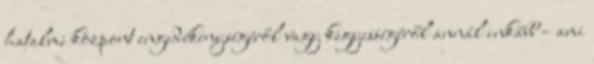
hatalmi központ engedékenységéről vagy kegyességéről annál inkább – ami